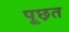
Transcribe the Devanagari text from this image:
पूछ़त